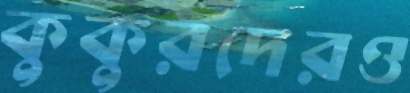
কুকুরদেরও